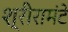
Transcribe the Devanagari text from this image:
श्रीरामंटे